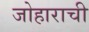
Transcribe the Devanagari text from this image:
जोहाराची